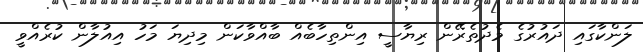
ލަންކާގައި ދައުރުގެ މެދުތެރޭން ރިޔާސީ އިންތިހާބެއް ބާއްވާކަން މިދިޔަ މަހު އިއުލާން ކުރެއްވީ